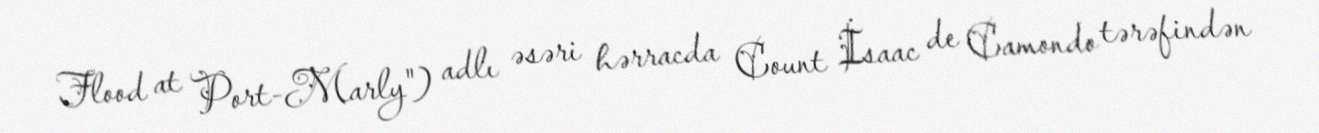
Flood at Port-Marly") adlı əsəri hərracda Count İsaac de Camondo tərəfindən